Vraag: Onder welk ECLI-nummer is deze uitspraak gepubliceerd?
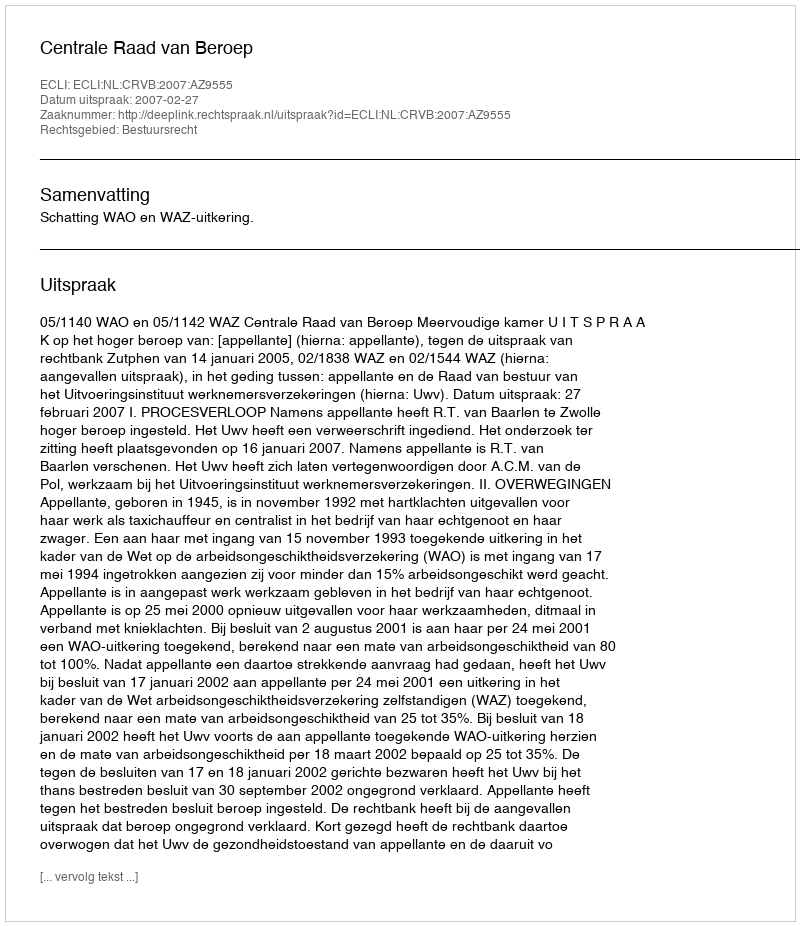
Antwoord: ECLI:NL:CRVB:2007:AZ9555